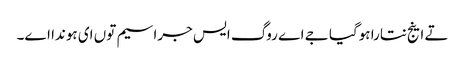
تے اینج نتارا ہوگیا جے اے روگ ایس جراسیم توں ای ہوندا اے۔